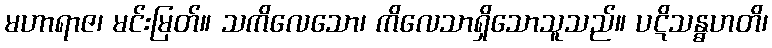
မဟာရာဇ၊ မင်းမြတ်။ သကိလေသော၊ ကိလေသာရှိသောသူသည်။ ပဋိသန္ဓဟတိ၊